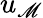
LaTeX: u_{\mathscr{M}}